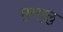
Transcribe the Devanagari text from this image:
मुग्गुलु